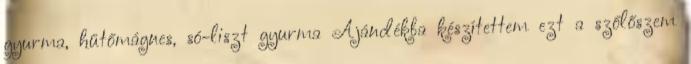
gyurma, hűtőmágnes, só-liszt gyurma Ajándékba készítettem ezt a szőlőszem